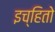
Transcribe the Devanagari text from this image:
इच्हितो